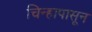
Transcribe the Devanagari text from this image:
चिन्हापासून